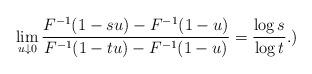
LaTeX: \begin{align*}\lim_{u\downarrow 0}\frac{F^{-1}(1-su)-F^{-1}(1-u)}{F^{-1}(1-tu)-F^{-1}(1-u)}=\frac{\log s}{\log t}. )\end{align*}